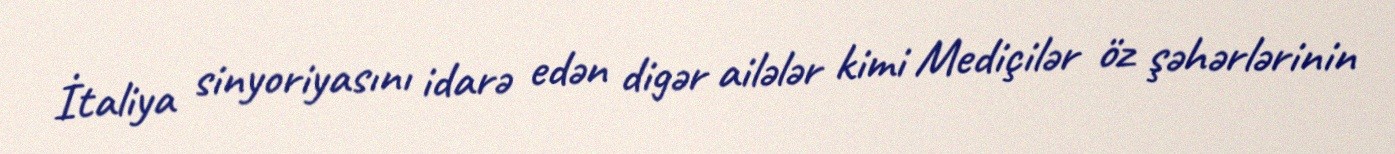
İtaliya sinyoriyasını idarə edən digər ailələr kimi Mediçilər öz şəhərlərinin